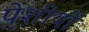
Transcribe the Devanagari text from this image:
पेशीयों